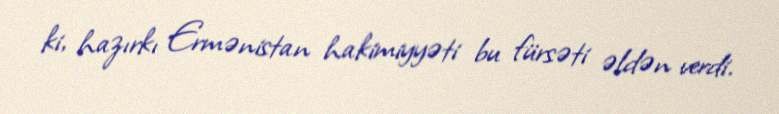
ki, hazırkı Ermənistan hakimiyyəti bu fürsəti əldən verdi.